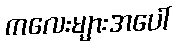
ကလေးများအပေါ်